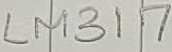
Text: LM317